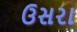
ઉસરા